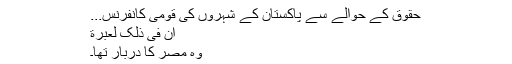
حقوق کے حوالے سے پاکستان کے شہروں کی قومی کانفرنس...
اِنّٙ فِی ذٰلِکٙ لٙعِبْرٙةً
وہ مصر کا دربار تھا۔